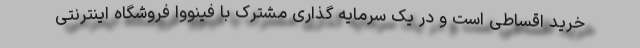
خرید اقساطی است و در یک سرمایه گذاری مشترک با فینووا فروشگاه اینترنتی